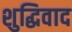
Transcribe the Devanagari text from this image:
शुद्धिवाद